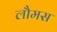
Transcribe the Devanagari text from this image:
लौमस